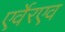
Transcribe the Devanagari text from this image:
एर्वेरएव